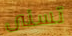
تسنى